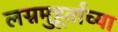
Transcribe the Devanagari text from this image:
लग्नमुहूर्ताच्या